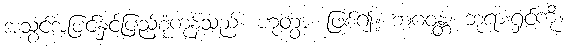
အသွင်အပြင်နှင့်ပြည့်စုံကုန်သည်။ ဟုတွာ၊ ဖြစ်၍။ ဘဂဝန္တံ၊ ဘုရားရှင်ကို။